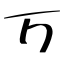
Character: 万